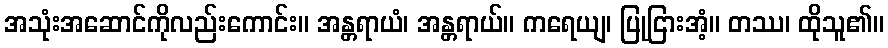
အသုံးအဆောင်ကိုလည်းကောင်း။ အန္တရာယံ၊ အန္တရာယ်။ ကရေယျ၊ ပြုငြားအံ့။ တဿ၊ ထိုသူ၏။